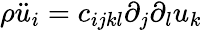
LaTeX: \rho\ddot{u}_{i}=c_{ijkl}\partial_{j}\partial_{l}u_{k}